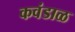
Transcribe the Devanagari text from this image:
कवंडाळ